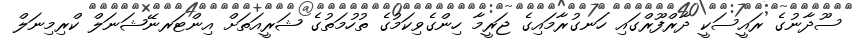
ސޫދާނުގެ ރައީސަކީ ދާރްފޫރްގައި ހަނގުރާމައިގެ ޖަރީމާ ހިންގެވިކަމުގެ ތުހުމަތުގެ ޝަރީއަތަށް އިންޓަރނޭޝަނަލް ކްރިމިނަލް